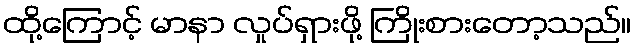
ထို့ကြောင့် မာနာ လှုပ်ရှားဖို့ ကြိုးစားတော့သည်။